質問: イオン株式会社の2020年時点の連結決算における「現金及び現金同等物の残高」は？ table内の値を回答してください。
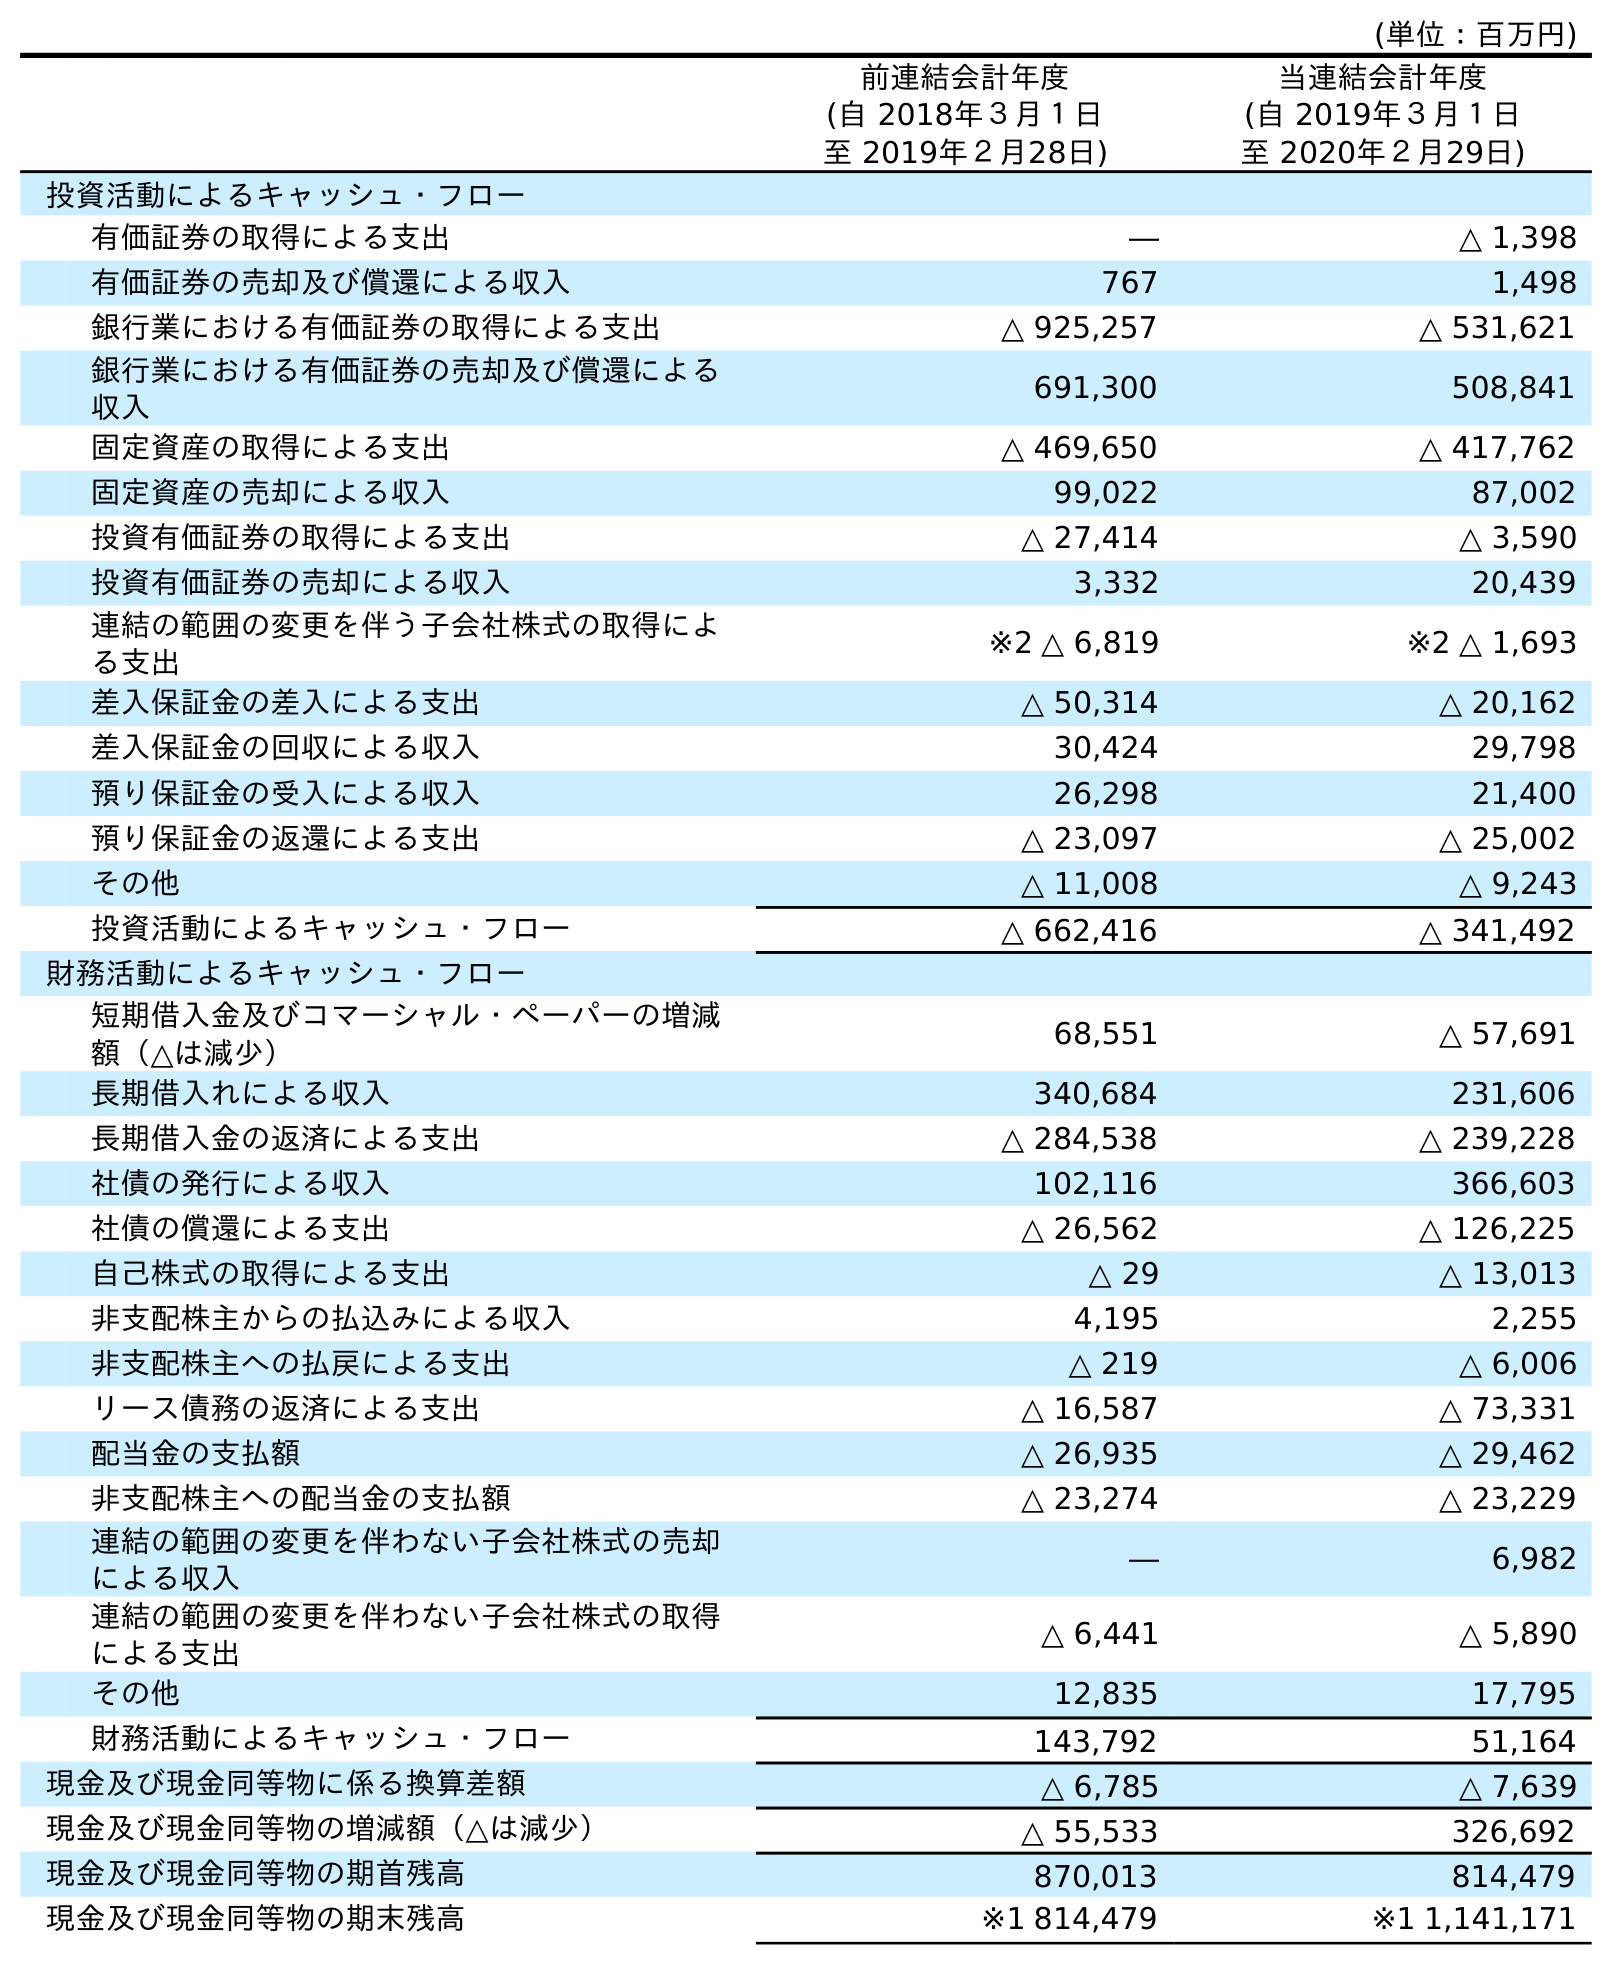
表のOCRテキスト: (単位：百万円) 前連結会計年度 (自 2018年３月１日 至 2019年２月28日) 当連結会計年度 (自 2019年３月１日 至 2020年２月29日) 投資活動によるキャッシュ・フロー 有価証券の取得による支出 ― △ 1,398 有価証券の売却及び償還による収入 767 1,498 銀行業における有価証券の取得による支出 △ 925,257 △ 531,621 銀行業における有価証券の売却及び償還による 収入 691,300 508,841 固定資産の取得による支出 △ 469,650 △ 417,762 固定資産の売却による収入 99,022 87,002 投資有価証券の取得による支出 △ 27,414 △ 3,590 投資有価証券の売却による収入 3,332 20,439 連結の範囲の変更を伴う子会社株式の取得によ る支出 ※2 △ 6,819 ※2 △ 1,693 差入保証金の差入による支出 △ 50,314 △ 20,162 差入保証金の回収による収入 30,424 29,798 預り保証金の受入による収入 26,298 21,400 預り保証金の返還による支出 △ 23,097 △ 25,002 その他 △ 11,008 △ 9,243 投資活動によるキャッシュ・フロー △ 662,416 △ 341,492 財務活動によるキャッシュ・フロー 短期借入金及びコマーシャル・ペーパーの増減 額（△は減少） 68,551 △ 57,691 長期借入れによる収入 340,684 231,606 長期借入金の返済による支出 △ 284,538 △ 239,228 社債の発行による収入 102,116 366,603 社債の償還による支出 △ 26,562 △ 126,225 自己株式の取得による支出 △ 29 △ 13,013 非支配株主からの払込みによる収入 4,195 2,255 非支配株主への払戻による支出 △ 219 △ 6,006 リース債務の返済による支出 △ 16,587 △ 73,331 配当金の支払額 △ 26,935 △ 29,462 非支配株主への配当金の支払額 △ 23,274 △ 23,229 連結の範囲の変更を伴わない子会社株式の売却 による収入 ― 6,982 連結の範囲の変更を伴わない子会社株式の取得 による支出 △ 6,441 △ 5,890 その他 12,835 17,795 財務活動によるキャッシュ・フロー 143,792 51,164 現金及び現金同等物に係る換算差額 △ 6,785 △ 7,639 現金及び現金同等物の増減額（△は減少） △ 55,533 326,692 現金及び現金同等物の期首残高 870,013 814,479 現金及び現金同等物の期末残高 ※1 814,479 ※1 1,141,171
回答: ※11,141,171